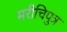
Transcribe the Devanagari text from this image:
मरीचिपुत्र